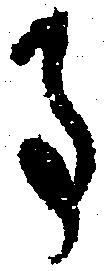
事